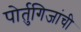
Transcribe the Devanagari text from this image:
पोर्तुगिजांची